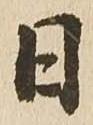
日